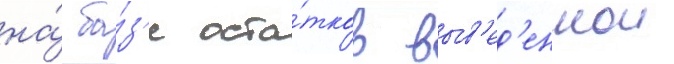
на́ ба́з'е оста́тков выв'ед'еннои